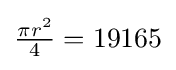
{\tfrac {\pi r^{2}}{4}}=19165